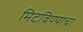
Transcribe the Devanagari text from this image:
मिटविण्याचा